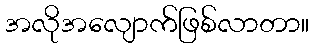
အလိုအလျောက်ဖြစ်လာတာ။